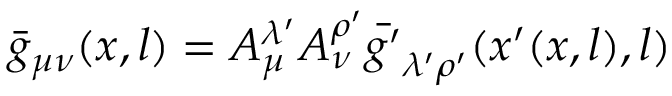
\bar { g } _ { \mu \nu } ( x , l ) = A _ { \mu } ^ { \lambda ^ { \prime } } A _ { \nu } ^ { \rho ^ { \prime } } \bar { g ^ { \prime } } _ { \lambda ^ { \prime } \rho ^ { \prime } } ( x ^ { \prime } ( x , l ) , l )